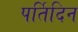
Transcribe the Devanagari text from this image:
पर्तिदिन